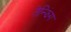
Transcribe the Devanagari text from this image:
तेन्झिंग